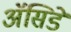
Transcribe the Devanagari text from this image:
ॲसिडे